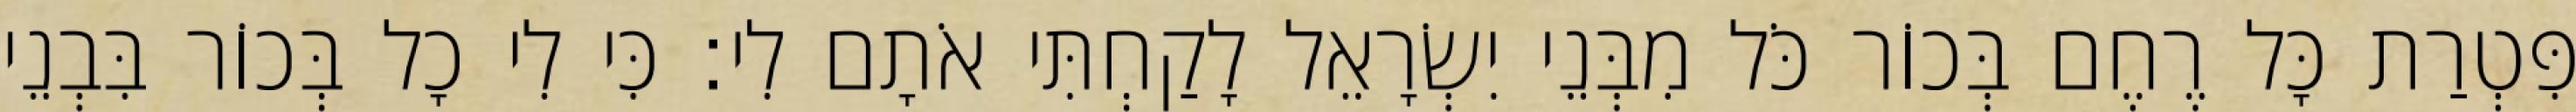
פִּטְרַת כָּל רֶחֶם בְּכוֹר כֹּל מִבְּנֵי יִשְׂרָאֵל לָקַחְתִּי אֹתָם לִי׃ כִּי לִי כָל בְּכוֹר בִּבְנֵי